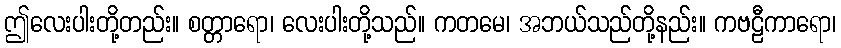
ဤလေးပါးတို့တည်း။ စတ္တာရော၊ လေးပါးတို့သည်။ ကတမေ၊ အဘယ်သည်တို့နည်း။ ကဗဠီကာရော၊